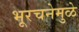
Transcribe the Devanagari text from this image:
भूरचनेमुळे